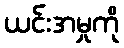
ယင်းအမှုကို